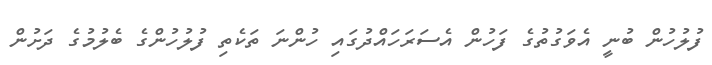
ފުލުހުން ބުނީ އެވަގުތުގެ ފަހުން އެސަރަހައްދުގައި ހުންނަ ތަކެތި ފުލުހުންގެ ބެލުމުގެ ދަށުން